Indian journal of veterinary science and animal husbandry - Volumes 18-21, 1948-1951
Year: 1948
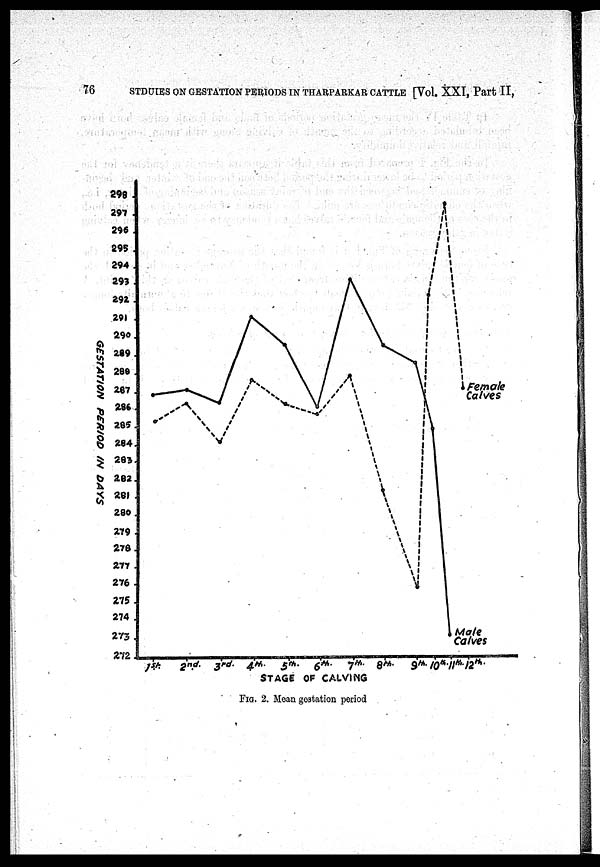
76
STDUIES ON GESTATION PERIODS IN THARPARKAR CATTLE [Vol. XXI, Part II,
FIG. 2. Mean gestation period